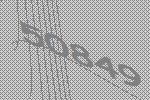
50849